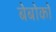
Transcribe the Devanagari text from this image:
बेबोको